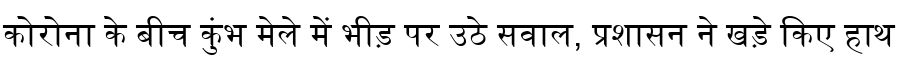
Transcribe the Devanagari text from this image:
कोरोना के बीच कुंभ मेले में भीड़ पर उठे सवाल, प्रशासन ने खड़े किए हाथ